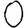
Digit: 0